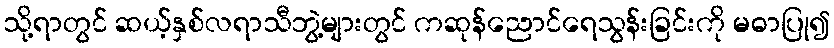
သို့ရာတွင် ဆယ့်နှစ်လရာသီဘွဲ့များတွင် ကဆုန်ညောင်ရေသွန်းခြင်းကို မဓာပြု၍